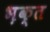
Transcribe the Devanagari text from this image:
भ़क्त